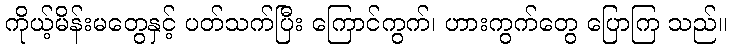
ကိုယ့်မိန်းမတွေနှင့် ပတ်သက်ပြီး ကြောင်ကွက်၊ ဟားကွက်တွေ ပြောကြ သည်။